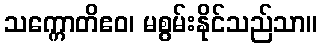
သက္ကောတိဧဝ၊ မစွမ်းနိုင်သည်သာ။